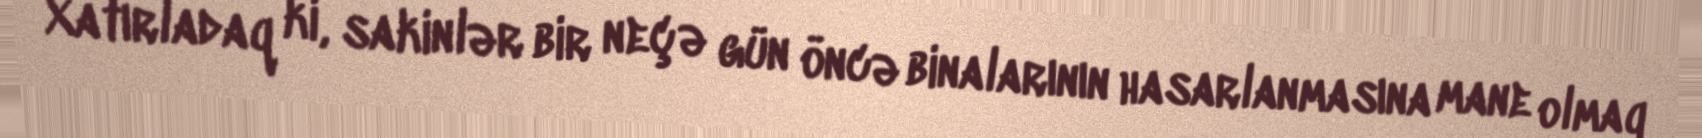
Xatırladaq ki, sakinlər bir neçə gün öncə binalarının hasarlanmasına mane olmaq